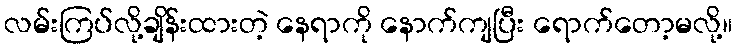
လမ်းကြပ်လို့ချိန်းထားတဲ့ နေရာကို နောက်ကျပြီး ရောက်တော့မလို့။